Medical and sanitary report on the native army of Bombay for the year
Year: 1877
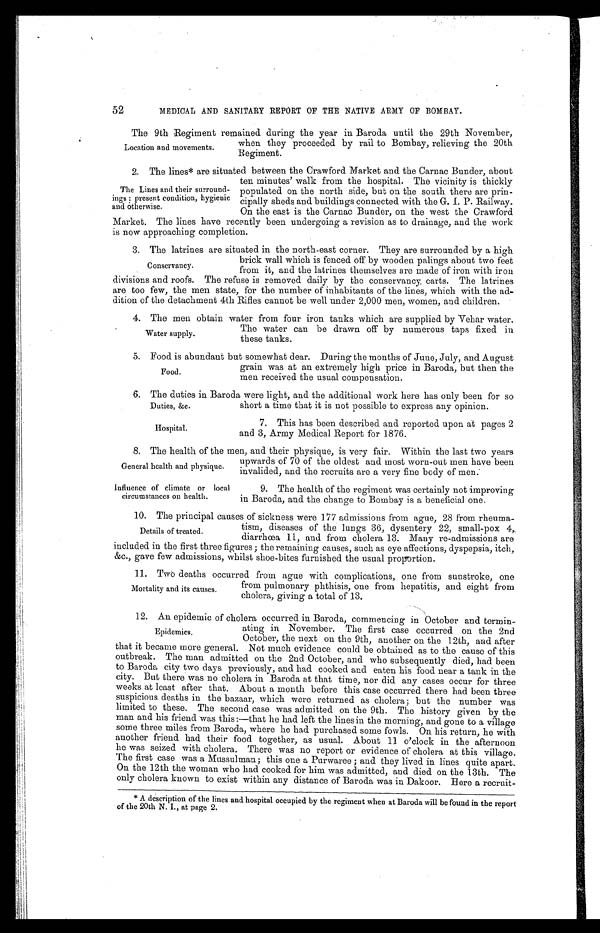
MEDICAL AND SANITARY REPORT OF THE NATIVE ARMY OF BOMBAY.
The 9th Regiment remained during the year in Baroda until the 29th November,
when they proceeded by rail to Bombay, relieving the 20th
Regiment.
2. The lines* are situated between the Crawford Market and the Carnac Bunder, about
ten minutes' walk from the hospital. The vicinity is thickly
populated on the north side, but on the south there are prin
-cipally sheds and buildings connected with the G. I. P. Railway.
On the east is the Carnac Bunder, on the west the Crawford
Market. The lines have recently been undergoing a revision as to drainage, and the work
is now approaching completion.
3. The latrines are situated in the north-east corner. They are surrounded by a high
brick wall which is fenced off by wooden palings about two feet
from it, and the latrines themselves are made of iron with iron
divisions and roofs. The refuse is removed daily by the conservancy carts. The latrines
are too few, the men state, for the number of inhabitants of the lines, which with the ad
-dition of the detachment 4th Rifles cannot be well under 2,000 men, women, and children.
4. The men obtain water from four iron tanks which are supplied by Vehar water.
The water can be drawn off by numerous taps fixed in
these tanks.
5. Food is abundant but somewhat dear. During the months of June, July, and August
grain was at an extremely high price in Baroda, but then the
men received the usual compensation.
6. The duties in Baroda were light, and the additional work here has only been for so
short a time that it is not possible to express any opinion.
52
Location and movements.
The Lines and their surround
- i n g s p r e s e n t c o n d i t i o n , h y g i e n i c
and otherwise.
Conservancy.
Water supply.
Food.
Duties, &c.
Hospital.
7. This has been described and reported upon at pages 2
and 3, Army Medical Report for 1876.
8. The health of the men, and their physique, is very fair. Within the last two years
upwards of 70 of the oldest and most worn-out men have been
invalided, and the recruits are a very fine body of men.
General health and physique.
Influence of climate or local
circumstances on health.
9. The health of the regiment was certainly not improving
in Baroda, and the change to Bombay is a beneficial one.
10. The principal causes of sickness were 177 admissions from ague, 28 from rheuma
-tism, diseases of the lungs 36, dysentery 22, small-pox 4,
diarrhœa 11, and from cholera 13. Many re-admissions are
included in the first three figures; the remaining causes, such as eye affections, dyspepsia, itch,
&c., gave few admissions, whilst shoe-bites furnished the usual proportion.
11. Two deaths occurred from ague with complications, one from sunstroke, one
from pulmonary phthisis, one from hepatitis, and eight from
cholera. giving a total of 13.
12. An epidemic of cholera occurred in Baroda, commencing in October and termin
-ating in November. The first case occurred on the 2nd
October, the next on the 9th, another on the 12th, and after
that it became more general. Not much evidence could be obtained as to the cause of this
outbreak. The man admitted on the 2nd October, and who subsequently died, had been
to Baroda city two days previously, and had cooked and eaten his food near a tank in the
city. But there was no cholera in Baroda at that time, nor did any cases occur for three
weeks at least after that About a month before this case occurred there had been three
suspicious deaths in the bazaar, which were returned as cholera; but the number was
limited to these. The second case was admitted on the 9th. The history given by the
man and his friend was this:—that he had left the lines in the morning, and gone to a village
some three miles from Baroda, where he had purchased some fowls. On his return, he with
another friend had their food together, as usual. About 11 o'clock in the afternoon
he was seized with cholera. There was no report or evidence of cholera at this village.
The first case was a Mussulman; this one a Purwaree; and they lived in lines quite apart.
On the 12th the woman who had cooked for him was admitted, and died on the 13th. The
only cholera known to exist within any distance of Baroda was in Dakoor. Here a recruit
-
Details of treated.
Mortality and its causes.
Epidemics.
* A description of the lines and hospital occupied by the regiment when at Baroda will be found in the report
of the 20th N. I., at page 2.